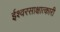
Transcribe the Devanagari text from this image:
ईश्वरसाक्षात्कारी